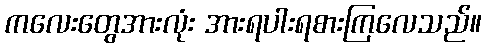
ကလေးတွေအားလုံး အားရပါးရစားကြလေသည်။